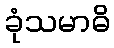
ခုံသမာဓိ